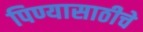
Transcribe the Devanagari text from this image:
पिण्यासाठीचे